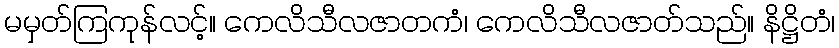
မမှတ်ကြကုန်လင့်။ ကေလိသီလဇာတကံ၊ ကေလိသီလဇာတ်သည်။ နိဋ္ဌိတံ၊